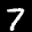
Label: 7